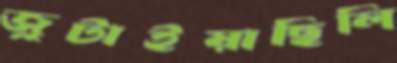
জুটাইয়াছিলি